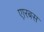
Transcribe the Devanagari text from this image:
एारबस